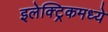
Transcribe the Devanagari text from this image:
इलेक्ट्रिकमध्ये